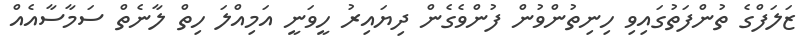
ޒަލަފްގެ ތުންފަތުގައިވި ހިނިތުންވުން ފުންވެގެން ދިޔައިރު ހީވަނީ އަމިއްލަ ހިތް ލާނެތް ސަމާސާއެއް